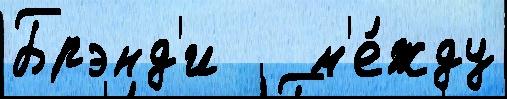
Брэнд'и   м'е́жду